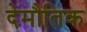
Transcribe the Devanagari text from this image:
देमौतिक